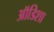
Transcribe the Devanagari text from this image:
ऑडिशा